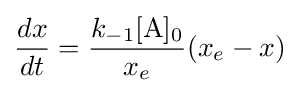
{\frac {dx}{dt}}={\frac {k_{-1}{\ce {[A]0}}}{x_{e}}}(x_{e}-x)